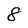
Character: 8